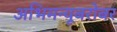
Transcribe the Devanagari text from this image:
अभिमन्यूबरोबर